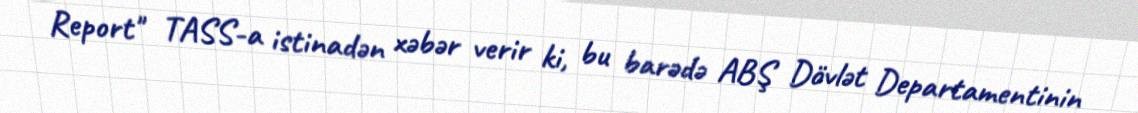
Report" TASS-a istinadən xəbər verir ki, bu barədə ABŞ Dövlət Departamentinin